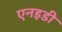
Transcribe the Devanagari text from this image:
एनइडी